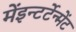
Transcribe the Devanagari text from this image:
मेंइन्टर्टेन्मेंट